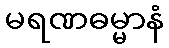
မရဏဓမ္မာနံ